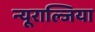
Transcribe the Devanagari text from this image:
न्यूराल्जिया